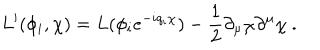
LaTeX: L ^ { \prime } ( \phi _ { i } , \chi ) = L ( \phi _ { i } e ^ { - i q _ { i } \chi } ) - \frac { 1 } { 2 } \partial _ { \mu } \chi \partial ^ { \mu } \chi \ .